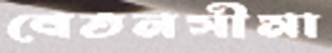
বেতনসীমা